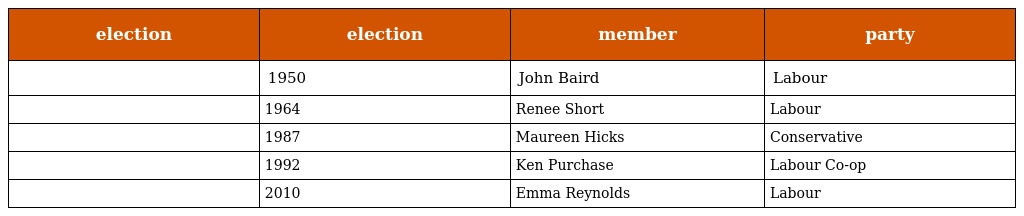
| election | election | member | party |
 | --- | --- | --- | --- |
 |  | 1950 | John Baird | Labour |
 |  | 1964 | Renee Short | Labour |
 |  | 1987 | Maureen Hicks | Conservative |
 |  | 1992 | Ken Purchase | Labour Co-op |
 |  | 2010 | Emma Reynolds | Labour |